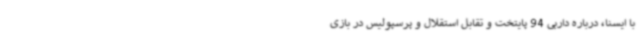
با ایسنا، درباره داربی 94 پایتخت و تقابل استقلال و پرسپولیس در بازی